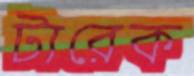
টারেক